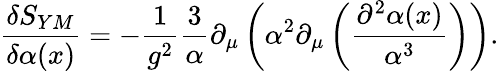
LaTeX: \frac{\delta S_{YM}}{\delta\alpha(x)}=-\frac{1}{g^{2}}\frac{3}{\alpha}\partial_{\mu}\left(\alpha^{2}\partial_{\mu}\left(\frac{\partial^{2}\alpha(x)}{\alpha^{3}}\right)\right).